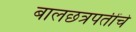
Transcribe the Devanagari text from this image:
बालछत्रपतींचे